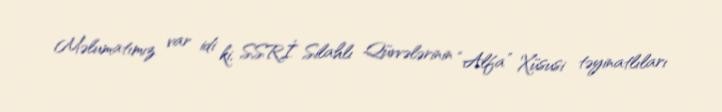
Məlumatımız var idi ki, SSRİ Silahlı Qüvvələrinin “Alfa” Xüsusi təyinatlıları